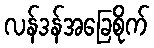
လန်ဒန်အခြေစိုက်